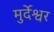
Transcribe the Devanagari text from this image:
मुर्देश्वर